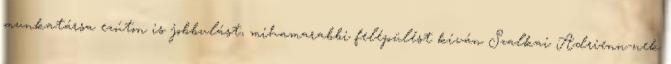
munkatársa ezúton is jobbulást, mihamarabbi felépülést kíván Szalkai Adrienn-nek